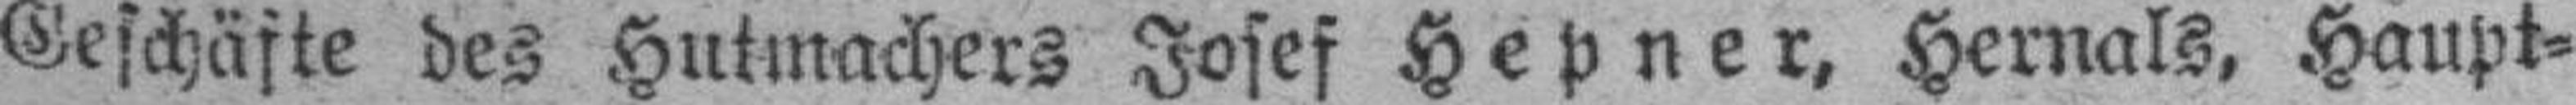
Geschäfte des Hutmachers Josef Hepner, Hernals, Haupt¬